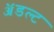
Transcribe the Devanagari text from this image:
ॲडल्ट